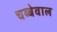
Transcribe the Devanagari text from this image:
चब्बेवाल